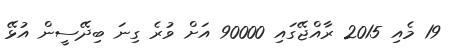
19 މެއި 2015 ރާއްޖޭގައި 90000 އަށް ވުރެ ގިނަ ބިދޭސީން އުޅޭ